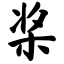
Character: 桨